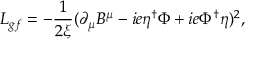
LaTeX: L _ { g f } = - { \frac { 1 } { 2 \xi } } ( \partial _ { \mu } B ^ { \mu } - i e \eta ^ { \dagger } \Phi + i e \Phi ^ { \dagger } \eta ) ^ { 2 } ,